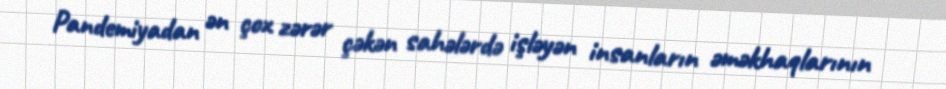
Pandemiyadan ən çox zərər çəkən sahələrdə işləyən insanların əməkhaqlarının